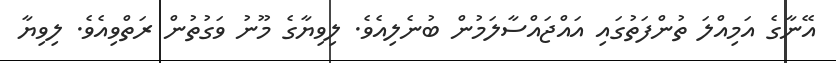
އޭނާގެ އަމިއްލަ ތުންފަތުގައި އައްޖައްސާލަމުން ބުނެލިއެވެ. ލިވިޔާގެ މޫނު ވަގުތުން ރަތްވިއެވެ. ލިވިޔާ